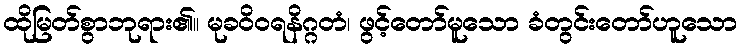
ထိုမြတ်စွာဘုရား၏။ မုခဝိဝရနိဂ္ဂတံ၊ ဖွင့်တော်မူသော ခံတွင်းတော်ဟူသော